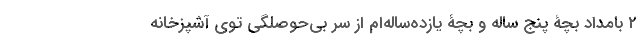
۲ بامداد بچۀ پنج ساله و بچۀ یازده‌ساله‌ام از سر بی‌حوصلگی توی آشپزخانه